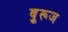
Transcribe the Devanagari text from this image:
बुूरूज